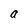
Character: a